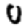
Digit: 0